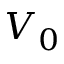
V _ { 0 }